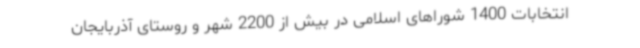
انتخابات 1400 شوراهای اسلامی در بیش از 2200 شهر و روستای آذربایجان